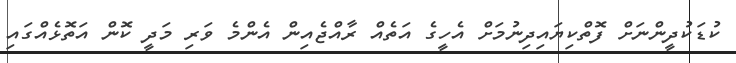
ކުޑަކުދީންނަށް ފޮތްކިޔައިދިނުމަށް އެހީގެ އަތެއް ރާއްޖެއިން އެންމެ ވަރި މަދީ ކޮން އަތޮޅެއްގައި